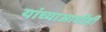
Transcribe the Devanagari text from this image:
यांच्याआधीही